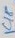
Text: C18